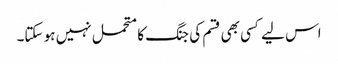
اس لیے کسی بھی قسم کی جنگ کا متحمل نہیں ہو سکتا۔